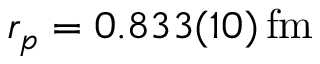
r _ { p } = 0 . 8 3 3 ( 1 0 ) \, \mathrm { f m }